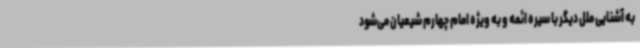
به آشنایی ملل دیگر با سیره ائمه و به ویژه امام چهارم شیعیان می‌شود